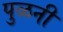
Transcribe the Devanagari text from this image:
पुळनी